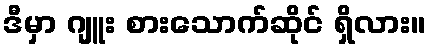
ဒီမှာ ဂျူး စားသောက်ဆိုင် ရှိလား။